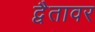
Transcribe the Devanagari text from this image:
द्वैतावर